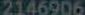
2146906